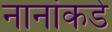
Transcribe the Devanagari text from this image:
नानांकडे